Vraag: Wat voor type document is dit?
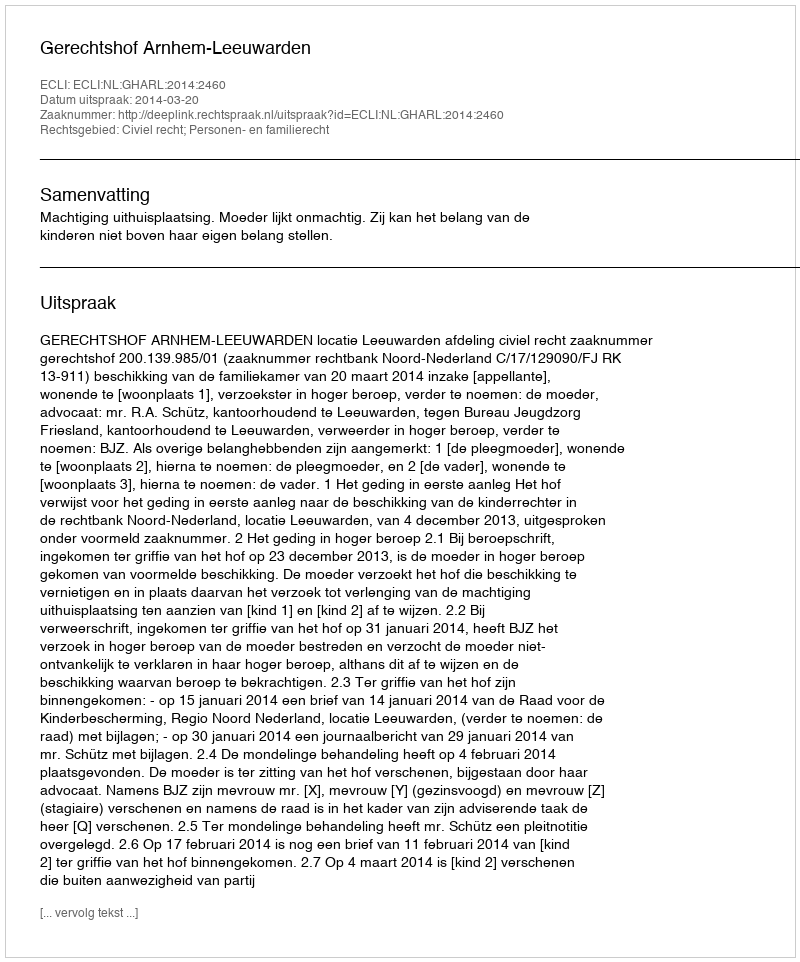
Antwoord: Uitspraak